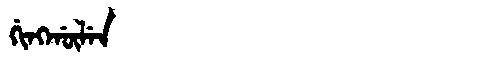
Manchu: ᡤᡳᠩᡤᡡᠯᡝᠨ
Romanization: GINGGŪLEN